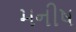
મનીષ